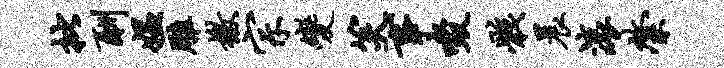
批酬媪雕檄宗变笑事啜骸晨滚綮